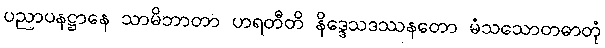
ပညာပနဋ္ဌာနေ သာမိဘာတာ ဟရတီတိ နိဒ္ဒေသဒဿနတော မံသသောတဓာတုံ